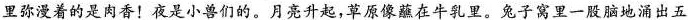
里弥漫着的是肉香！夜是小兽们的。月亮升起，草原像蘸在牛乳里。兔子窝里一股脑地涌出五